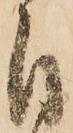
自